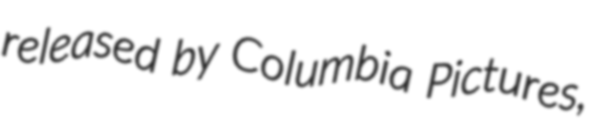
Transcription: released by Columbia Pictures,